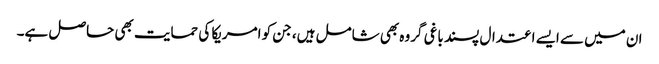
ان میں سے ایسے اعتدال پسند باغی گروہ بھی شامل ہیں، جن کو امریکا کی حمایت بھی حاصل ہے۔